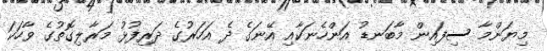
މިޔަންމާ ސިފައިން މާބަނޑު އަންހެނަކާއި އޭނަގެ ދެ އަހަރުގެ ދަރިފުޅު މަރާލިގޮތުގެ ވާހަކަ